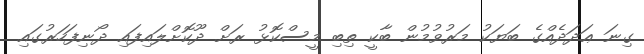
ގިނަ ޢަދަދެއްގެ ބަޔަކު މަރުވުމުން ބާކީ ތިބި މީސްކޮޅު ރަށް ދޫކޮށްލައިފައި ދޯނިފަހަރުގައި